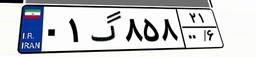
۷۲گ۶۹۲۱۱